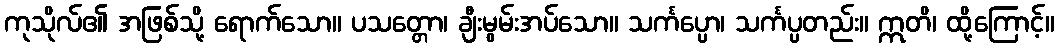
ကုသိုလ်၏ အဖြစ်သို့ ရောက်သော။ ပသတ္တော၊ ချီးမွမ်းအပ်သော။ သင်္ကပ္ပော၊ သင်္ကပ္ပတည်း။ ဣတိ၊ ထို့ကြောင့်။